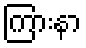
ကြားနာ